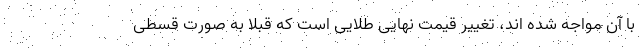
با آن مواجه شده اند، تغییر قیمت نهایی طلایی است که قبلا به صورت قسطی